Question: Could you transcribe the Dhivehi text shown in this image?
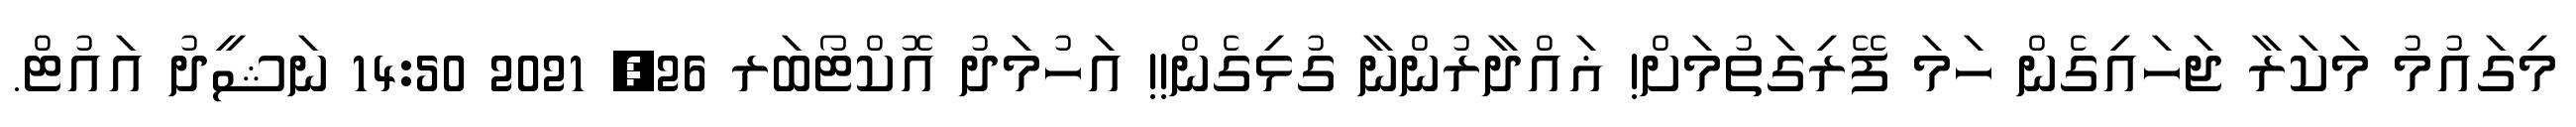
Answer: މިގައުމު މަކަރާ ޖަހައިގެން ހަމަ ފޭރިގަތުމަށް! ޣައްދާރުންނާ ގުޅިގެން!! އަހުމަދު އޮކްޓޯބަރ 26, 2021 14:50 ނަޝީދު އައުޓް.